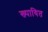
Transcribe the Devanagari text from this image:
ख्पायित